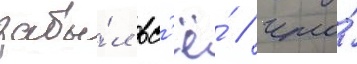
забы́л вс'ё́ / что́